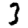
Digit: 3